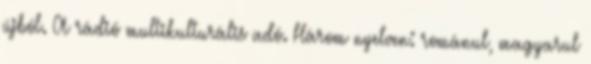
újból. A rádió multikulturális adó. Három nyelven: románul, magyarul